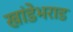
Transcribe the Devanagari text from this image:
खांडेभराड